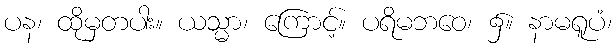
ပန၊ ထိုမှတပါး။ ယသ္မာ၊ ကြောင့်။ ပရိမဘဝေ၊ ၌။ နာမရူပံ၊